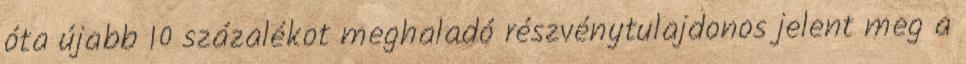
óta újabb 10 százalékot meghaladó részvénytulajdonos jelent meg a